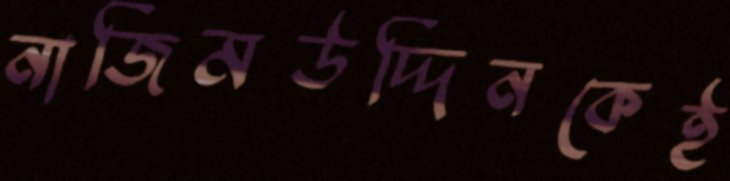
নাজিমউদ্দিনকেই